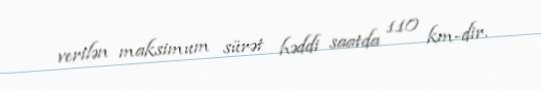
verilən maksimum sürət həddi saatda 110 km-dir.